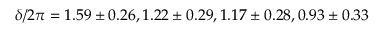
\delta / 2 \pi = 1 . 5 9 \pm 0 . 2 6 , 1 . 2 2 \pm 0 . 2 9 , 1 . 1 7 \pm 0 . 2 8 , 0 . 9 3 \pm 0 . 3 3